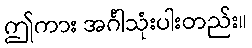
ဤကား အင်္ဂါသုံးပါးတည်း။